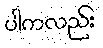
ပါကလည်း